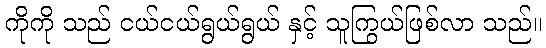
ကိုကို သည် ငယ်ငယ်ရွယ်ရွယ် နှင့် သူကြွယ်ဖြစ်လာ သည်။